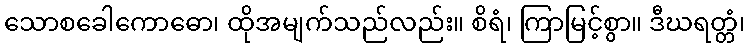
သောစခေါကောဓော၊ ထိုအမျက်သည်လည်း။ စိရံ၊ ကြာမြင့်စွာ။ ဒီဃရတ္တံ၊